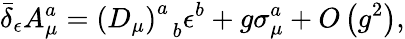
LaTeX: \bar{\delta}_{\epsilon}A_{\mu}^{a}=\left(D_{\mu}\right)_{\; \; b}^{a}\epsilon^{b}+g\sigma_{\mu}^{a}+O\left(g^{2}\right),